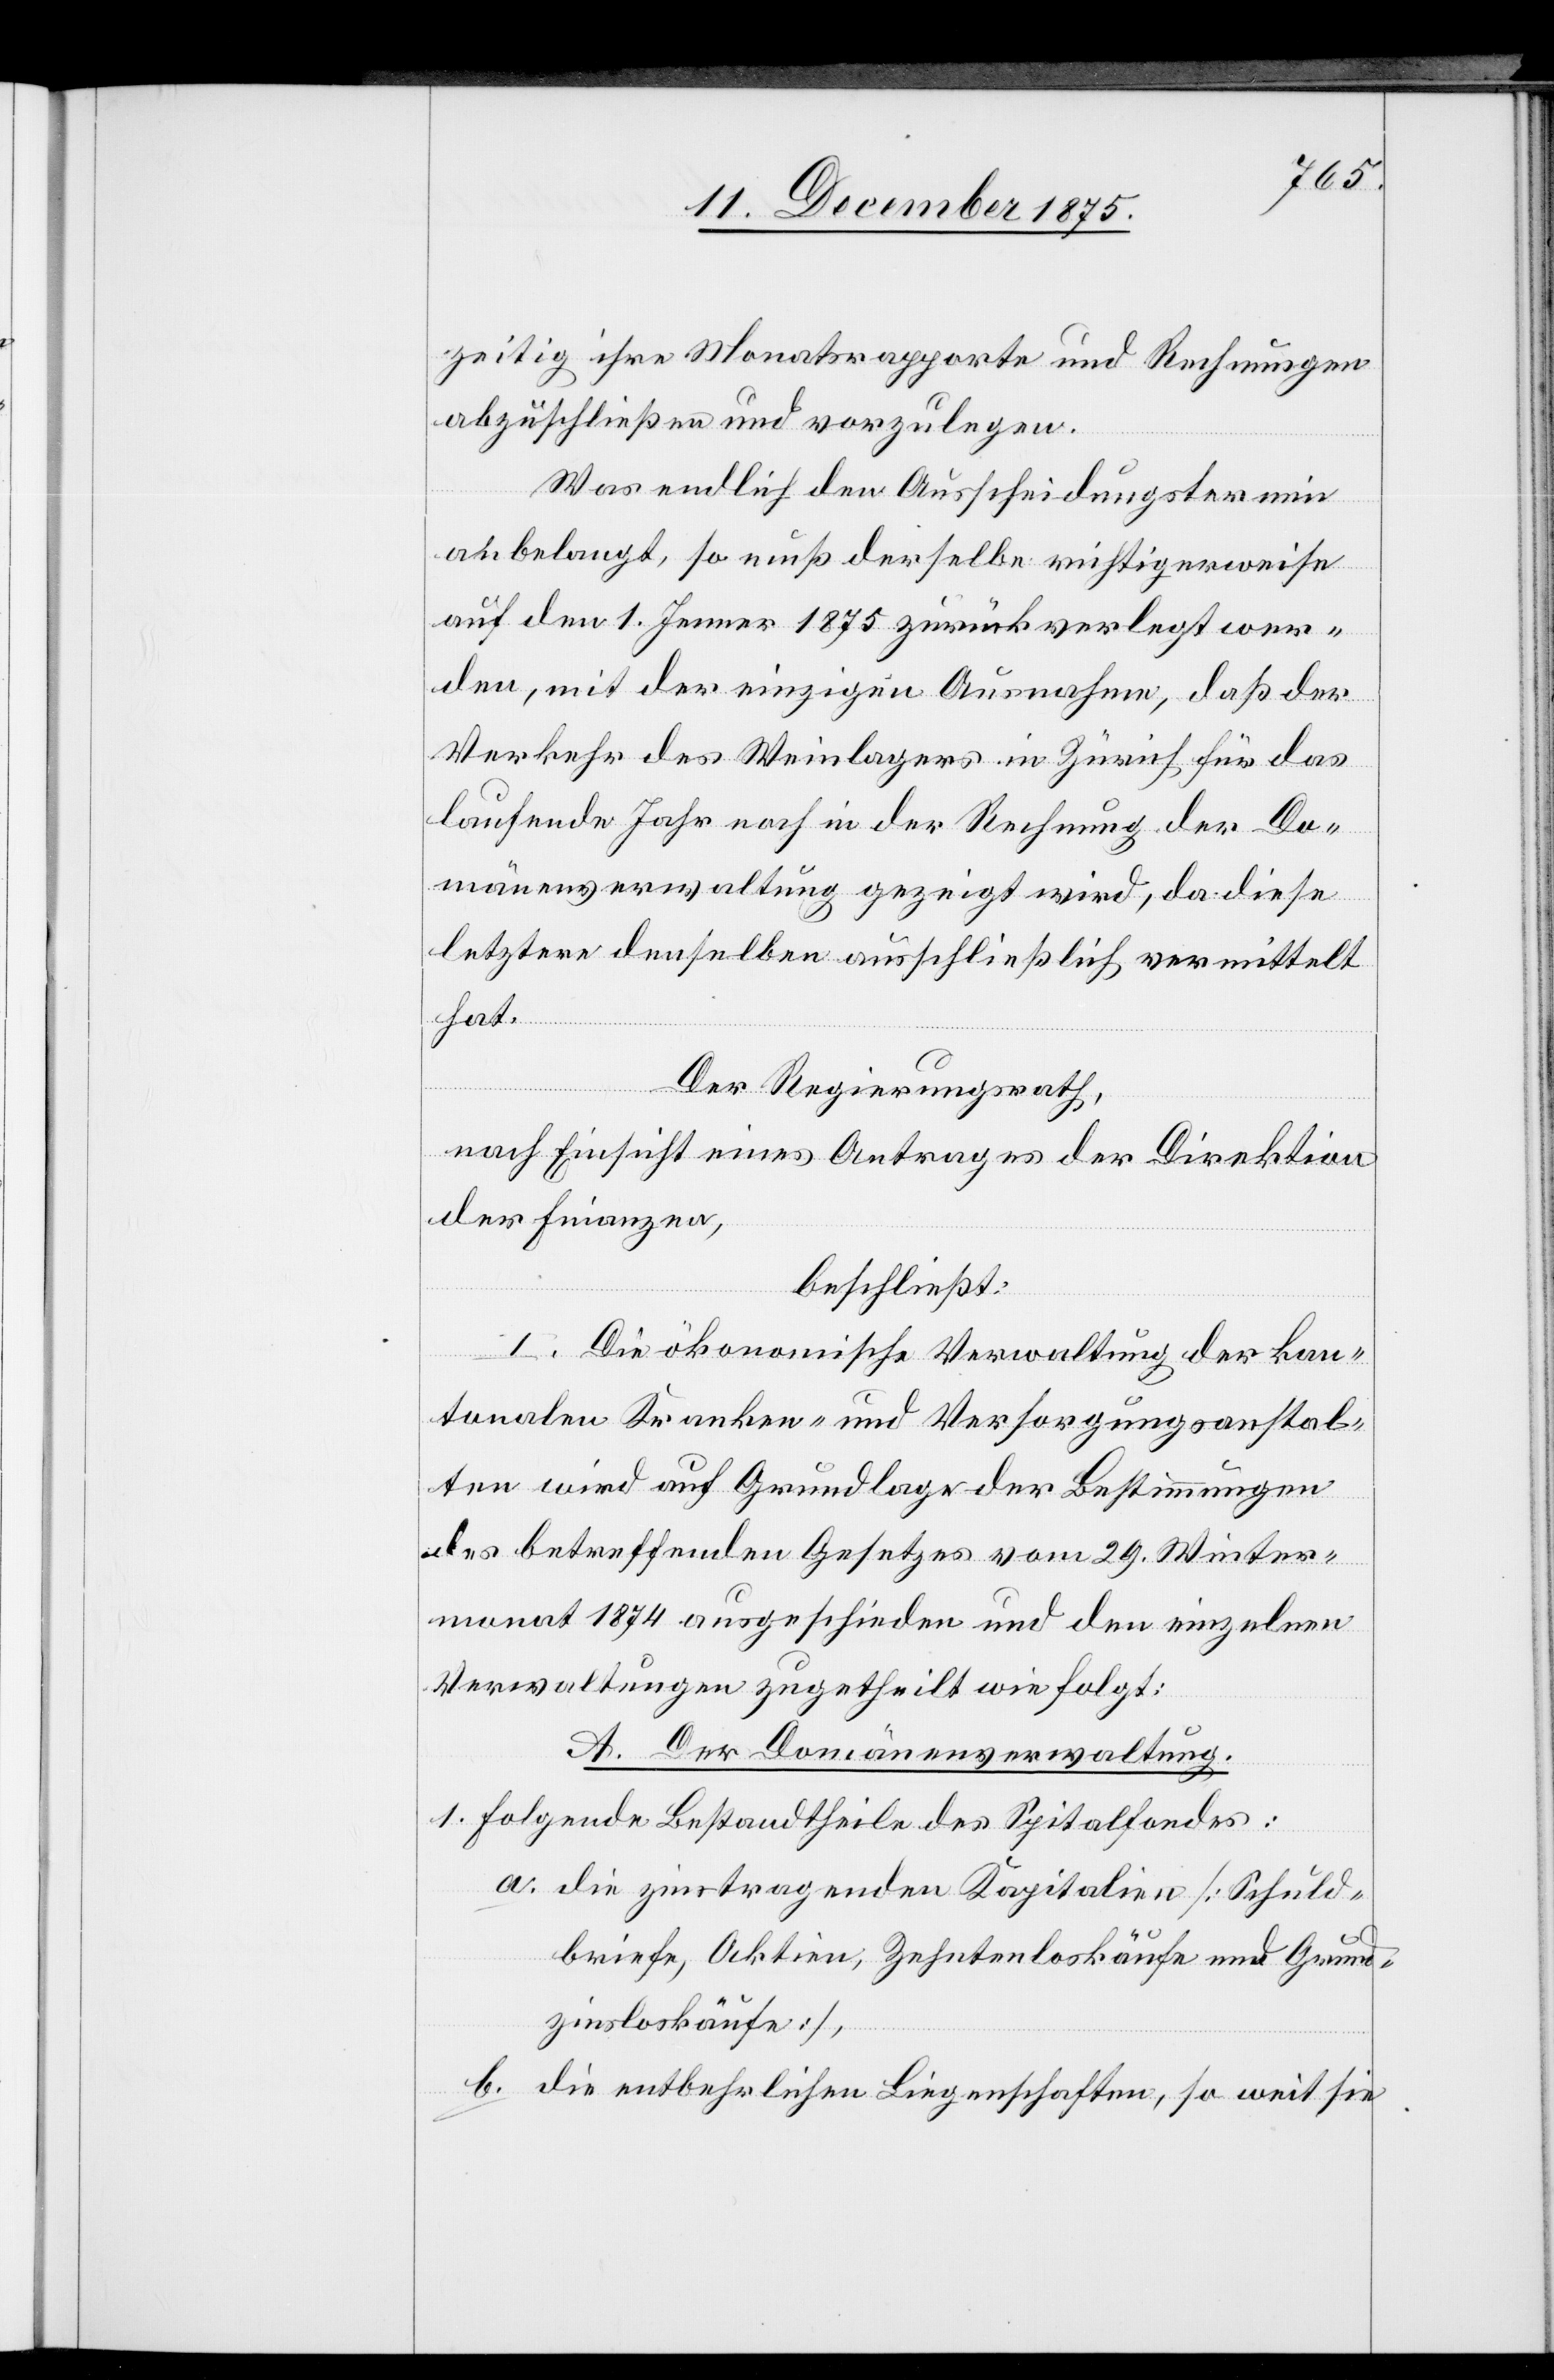
zeitig ihre Monatsrapporte und Rechnungen
abzuschließen und vorzulegen.
Was endlich den Ausscheidungstermin
anbelangt, so muß derselbe richtigerweise
auf den 1. Jenner 1875 zurückverlegt wer¬
den, mit der einzigen Ausnahme, daß der
Verkehr des Weinlagers in Zürich für das
laufende Jahr noch in der Rechnung der Do¬
mänenverwaltung gezeigt wird, da diese
letztere denselben ausschließlich vermittelt
hat.
Der Regierungsrath,
nach Einsicht eines Antrages der Direktion
der Finanzen,
beschließt:
I. Die ökonomische Verwaltung der kan¬
tonalen Kranken- und Versorgungsanstal¬
ten wird auf Grundlage der Bestimmungen
des betreffenden Gesetzes vom 29. Winter¬
monat 1874 ausgeschieden und den einzelnen
Verwaltungen zugetheilt wie folgt:
A. Der Domänenverwaltung.
1. Folgende Bestandtheile des Spitalfondes:
a. die zinstragenden Kapitalien [Schuld¬
briefe, Aktien, Zehntenloskäufe und Grund¬
zinsloskäufe],
b. die entbehrlichen Liegenschaften, so weit sie